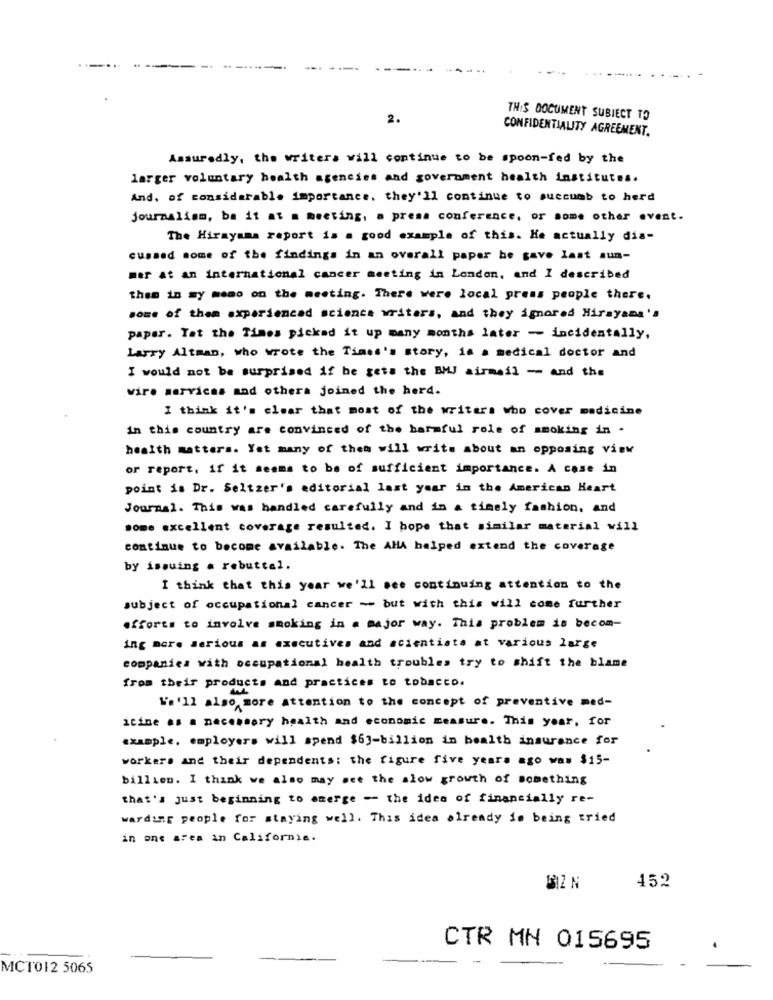
2.
THIS DOCUMENT SUBIECT TO
CONFIDENTIALITY AGREEMENT.
Assuredly, the writers will continue to be spoon-fed by the
larger voluntary health agencies and government health institutes.
And, of considerable importance, they'll continue to succumb to herd
journalism, ba it at a meeting, a press conference, or some other event.
The Hirayama report is a good example of this. He actually dia-
cussed some of the findings in an overall paper be gave last sum-
mer at an international cancer meeting in London, and I described
them in my memo on the meeting. There were local press people there.
some of them experienced science writers, and they ignored Hirayama's
paper. Tat the Times picked it up many months later - incidentally,
Larry Altman, who wrote the Times's story, is a medical doctor and
I would not be surprised if he gets the BMJ airmail - and the
vire services and others joined the herd.
I think it's clear that most of the writers who cover medicine
in this country are convinced of the harmful role of smoking in -
health matters. Yet many of them will write about an opposing view
or report, if it seems to be of sufficient importance. A case in
point is Dr. Seltzer's editorial last year in the American Heart
Journal. This was handled carefully and in a timely fashion, and
some excellent coverage resulted. I hope that similar material will
continue to become available. The AHA helped extend the coverage
by issuing a rebuttal.
I think that this year we'll see continuing attention to the
subject of occupational cancer ~ but with this will come further
efforts to involve smoking in a major way. This problem is becom-
ing more serious as executives and scientists at various large
companies with occupational health troubles try to shift the blame
from their products and practices to tobacco.
We'll also more attention to the concept of preventive med-
icine as a necessary health and economic measure. This year, for
example, employers will spend $63-billion in health insurance for
workers and their dependents: the figure five years ago was $15-
billien. I think we also may see the slow growth of something
that's just beginning to emerge - the idea of financially re-
warding people for staying well. This idea already is being tried
in one area in Californie.
452
CTR MN 015695
MCT012 5065